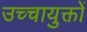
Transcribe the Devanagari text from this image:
उच्चायुक्तों